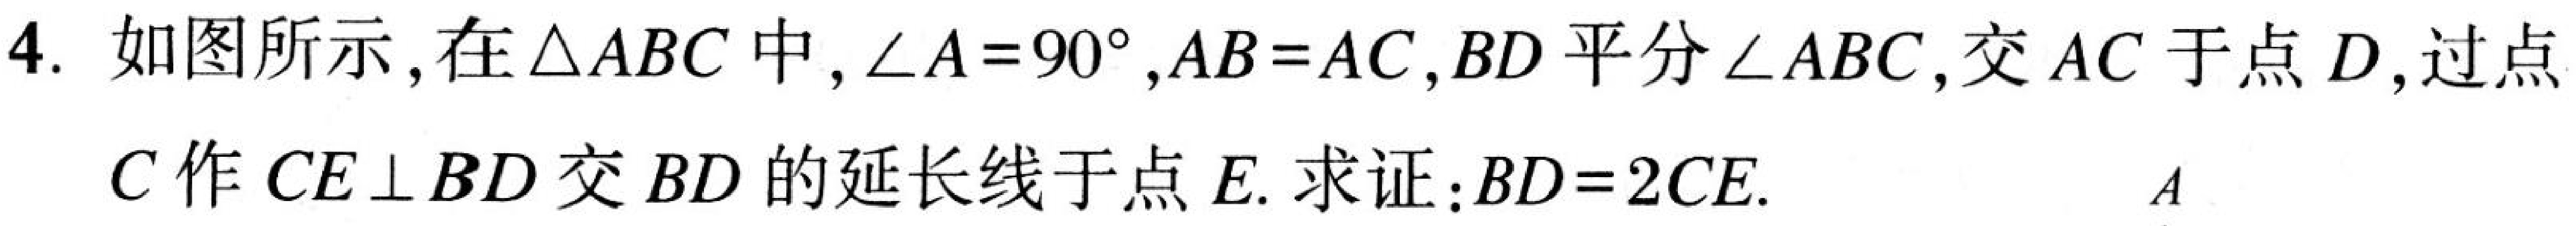
4. 如图所示，在\(\triangle ABC\)中，\(\angle A = 90^{\circ}\)，\(AB = AC\)，\(BD\)平分\(\angle ABC\)，交\(AC\)于点\(D\)，过点
\(C\)作\(CE\perp BD\)交\(BD\)的延长线于点\(E\). 求证：\(BD = 2CE\).